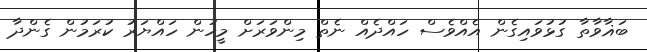
ބަޣާވާތާ ގުޅުވައިގެން އެއްވެސް ހައްދެއް ނެތް މިންވަރަށް މީހުން ހައްޔަރު ކުރަމުން ގެންދާ